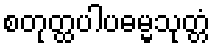
စတုတ္ထပါပဓမ္မသုတ္တံ